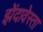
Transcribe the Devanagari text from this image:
झेंदावेस्ता